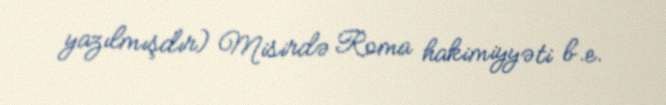
yazılmışdır) Misirdə Roma hakimiyyəti b.e.